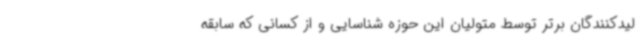
لیدکنندگان برتر توسط متولیان این حوزه شناسایی و از کسانی که سابقه